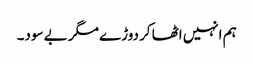
ہم انہیں اٹھا کر دوڑے مگر بے سود۔